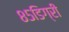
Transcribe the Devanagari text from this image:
८५डिग्री